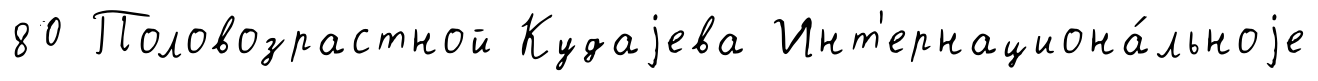
80 Половозрастной Кудаjева Инт'ернациона́льноjе